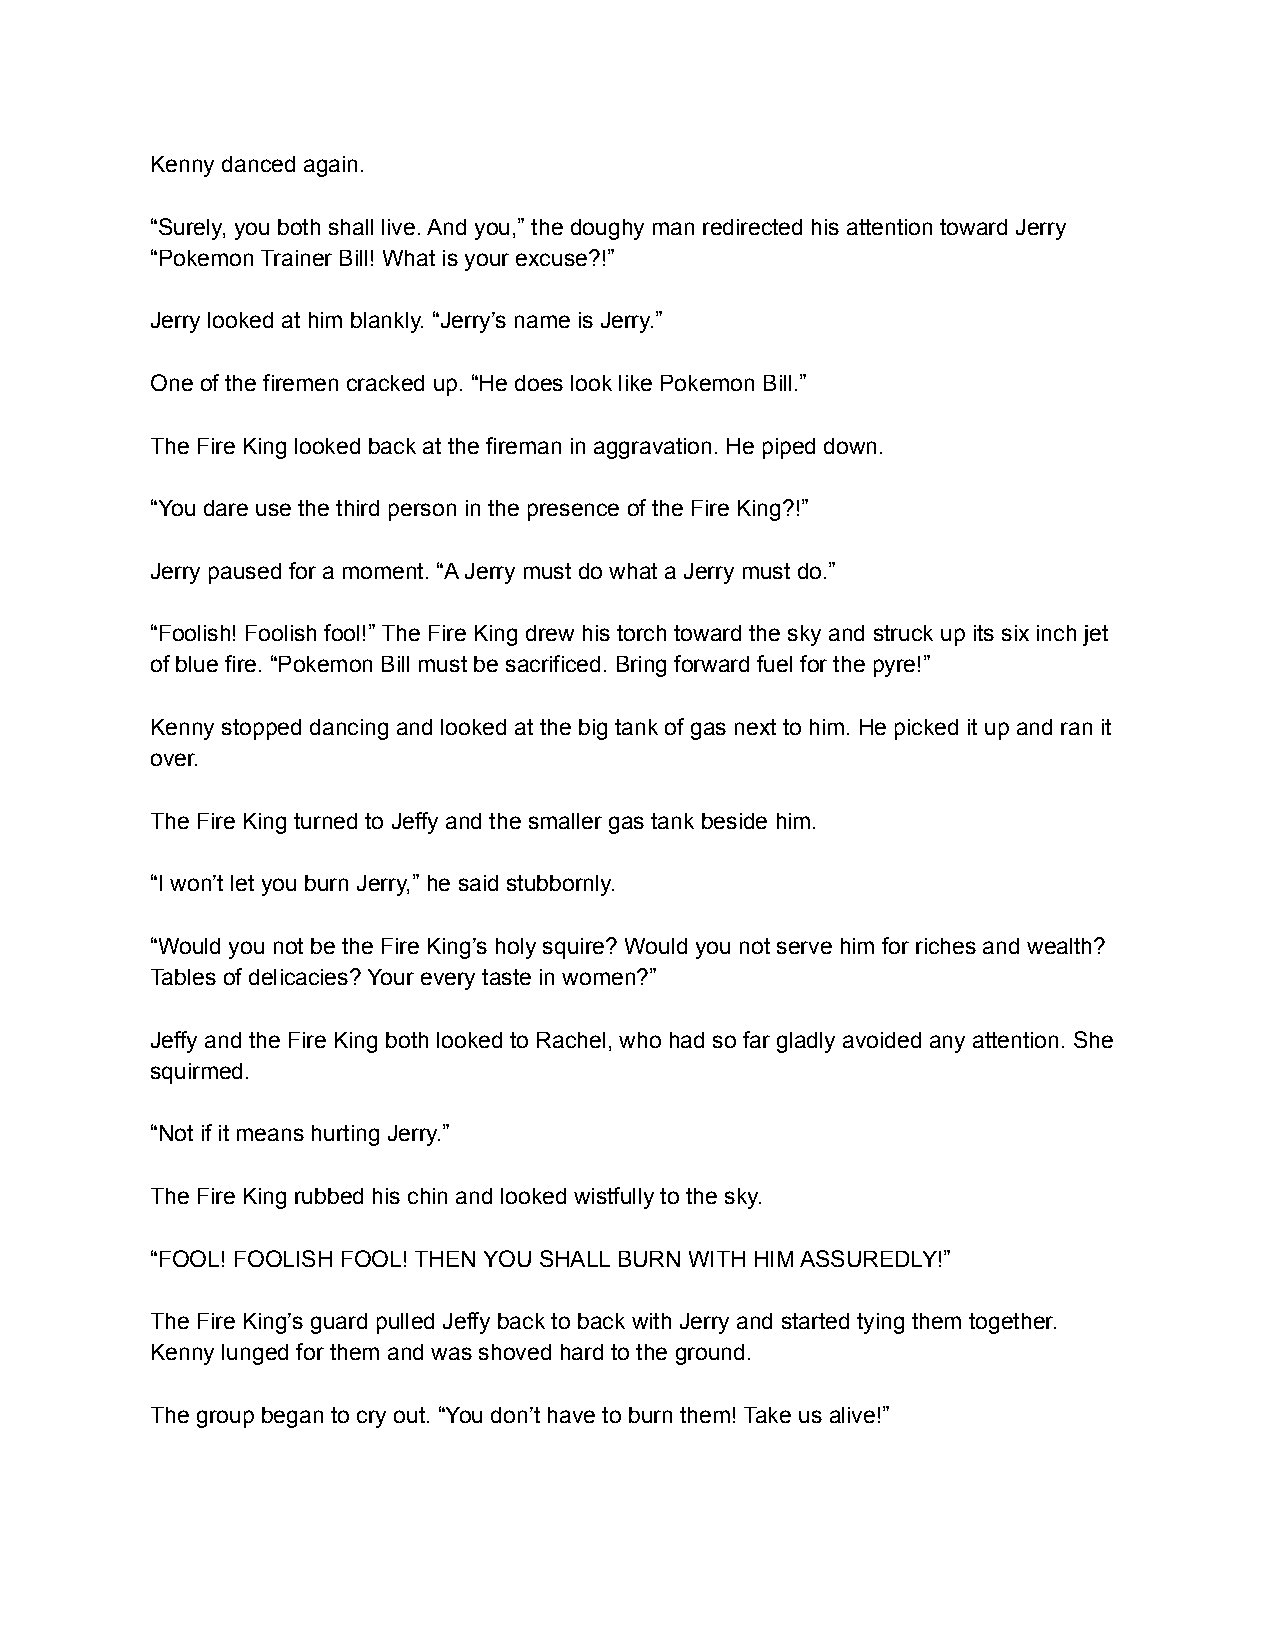
Kenny danced again.
 “Surely, you both shall live. And you,” the doughy man redirected his attention toward Jerry
 “Pokemon Trainer Bill! What is your excuse?!”
 Jerry looked at him blankly. “Jerry’s name is Jerry.”
 One of the firemen cracked up. “He does look like Pokemon Bill.”
 The Fire King looked back at the fireman in aggravation. He piped down.
 “You dare use the third person in the presence of the Fire King?!”
 Jerry paused for a moment. “A Jerry must do what a Jerry must do.”
 “Foolish! Foolish fool!” The Fire King drew his torch toward the sky and struck up its six inch jet
 of blue fire. “Pokemon Bill must be sacrificed. Bring forward fuel for the pyre!”
 Kenny stopped dancing and looked at the big tank of gas next to him. He picked it up and ran it
 over.
 The Fire King turned to Jeffy and the smaller gas tank beside him.
 “I won’t let you burn Jerry,” he said stubbornly.
 “Would you not be the Fire King’s holy squire? Would you not serve him for riches and wealth?
 Tables of delicacies? Your every taste in women?”
 Jeffy and the Fire King both looked to Rachel, who had so far gladly avoided any attention. She
 squirmed.
 “Not if it means hurting Jerry.”
 The Fire King rubbed his chin and looked wistfully to the sky.
 “FOOL! FOOLISH FOOL! THEN YOU SHALL BURN WITH HIM ASSUREDLY!”
 The Fire King’s guard pulled Jeffy back to back with Jerry and started tying them together.
 Kenny lunged for them and was shoved hard to the ground.
 The group began to cry out. “You don’t have to burn them! Take us alive!”